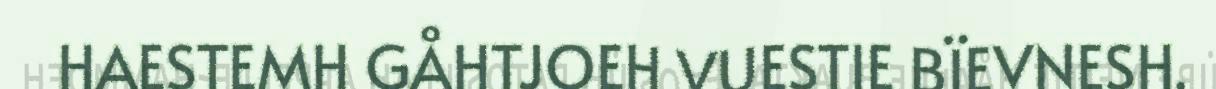
HAESTEMH GÅHTJOEH VUESTIE BÏEVNESH.